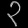
Digit: ၃